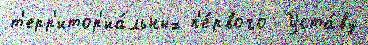
т'ерр'итор'иа́льных п'е́рвого  Уста́ву